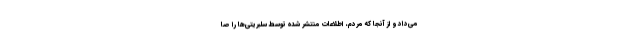
می‌داد و از آنجا که مردم، اطلاعات منتشر شده توسط سلبریتی‌ها را صا